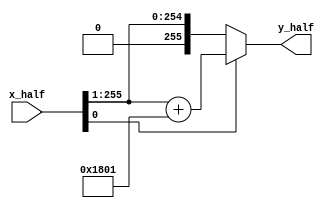
module modular_half #(parameter data_width = 256)(
    input [data_width-1:0] x_half,
    output [data_width-1:0] y_half
    );
    
    parameter M = 14'd12289;
    parameter M_half = 13'd6145;//M+1/2

    wire [data_width-1:0] x_sh;
    wire c;
    wire [data_width-1:0] s;
    
    assign x_sh = x_half >> 1;
    assign {c,s} = x_sh + M_half;
    assign y_half = x_half[0] == 1? s : x_sh;
endmodule